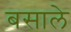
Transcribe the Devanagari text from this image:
बसाले